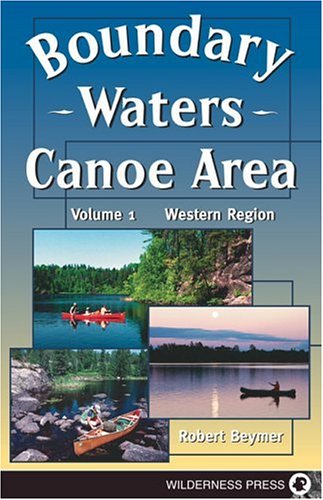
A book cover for Boundary Waters Canoe Area: The Western Region; Robert Beymer; Travel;